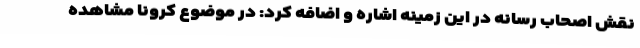
نقش اصحاب رسانه در این زمینه اشاره و اضافه کرد: در موضوع کرونا مشاهده